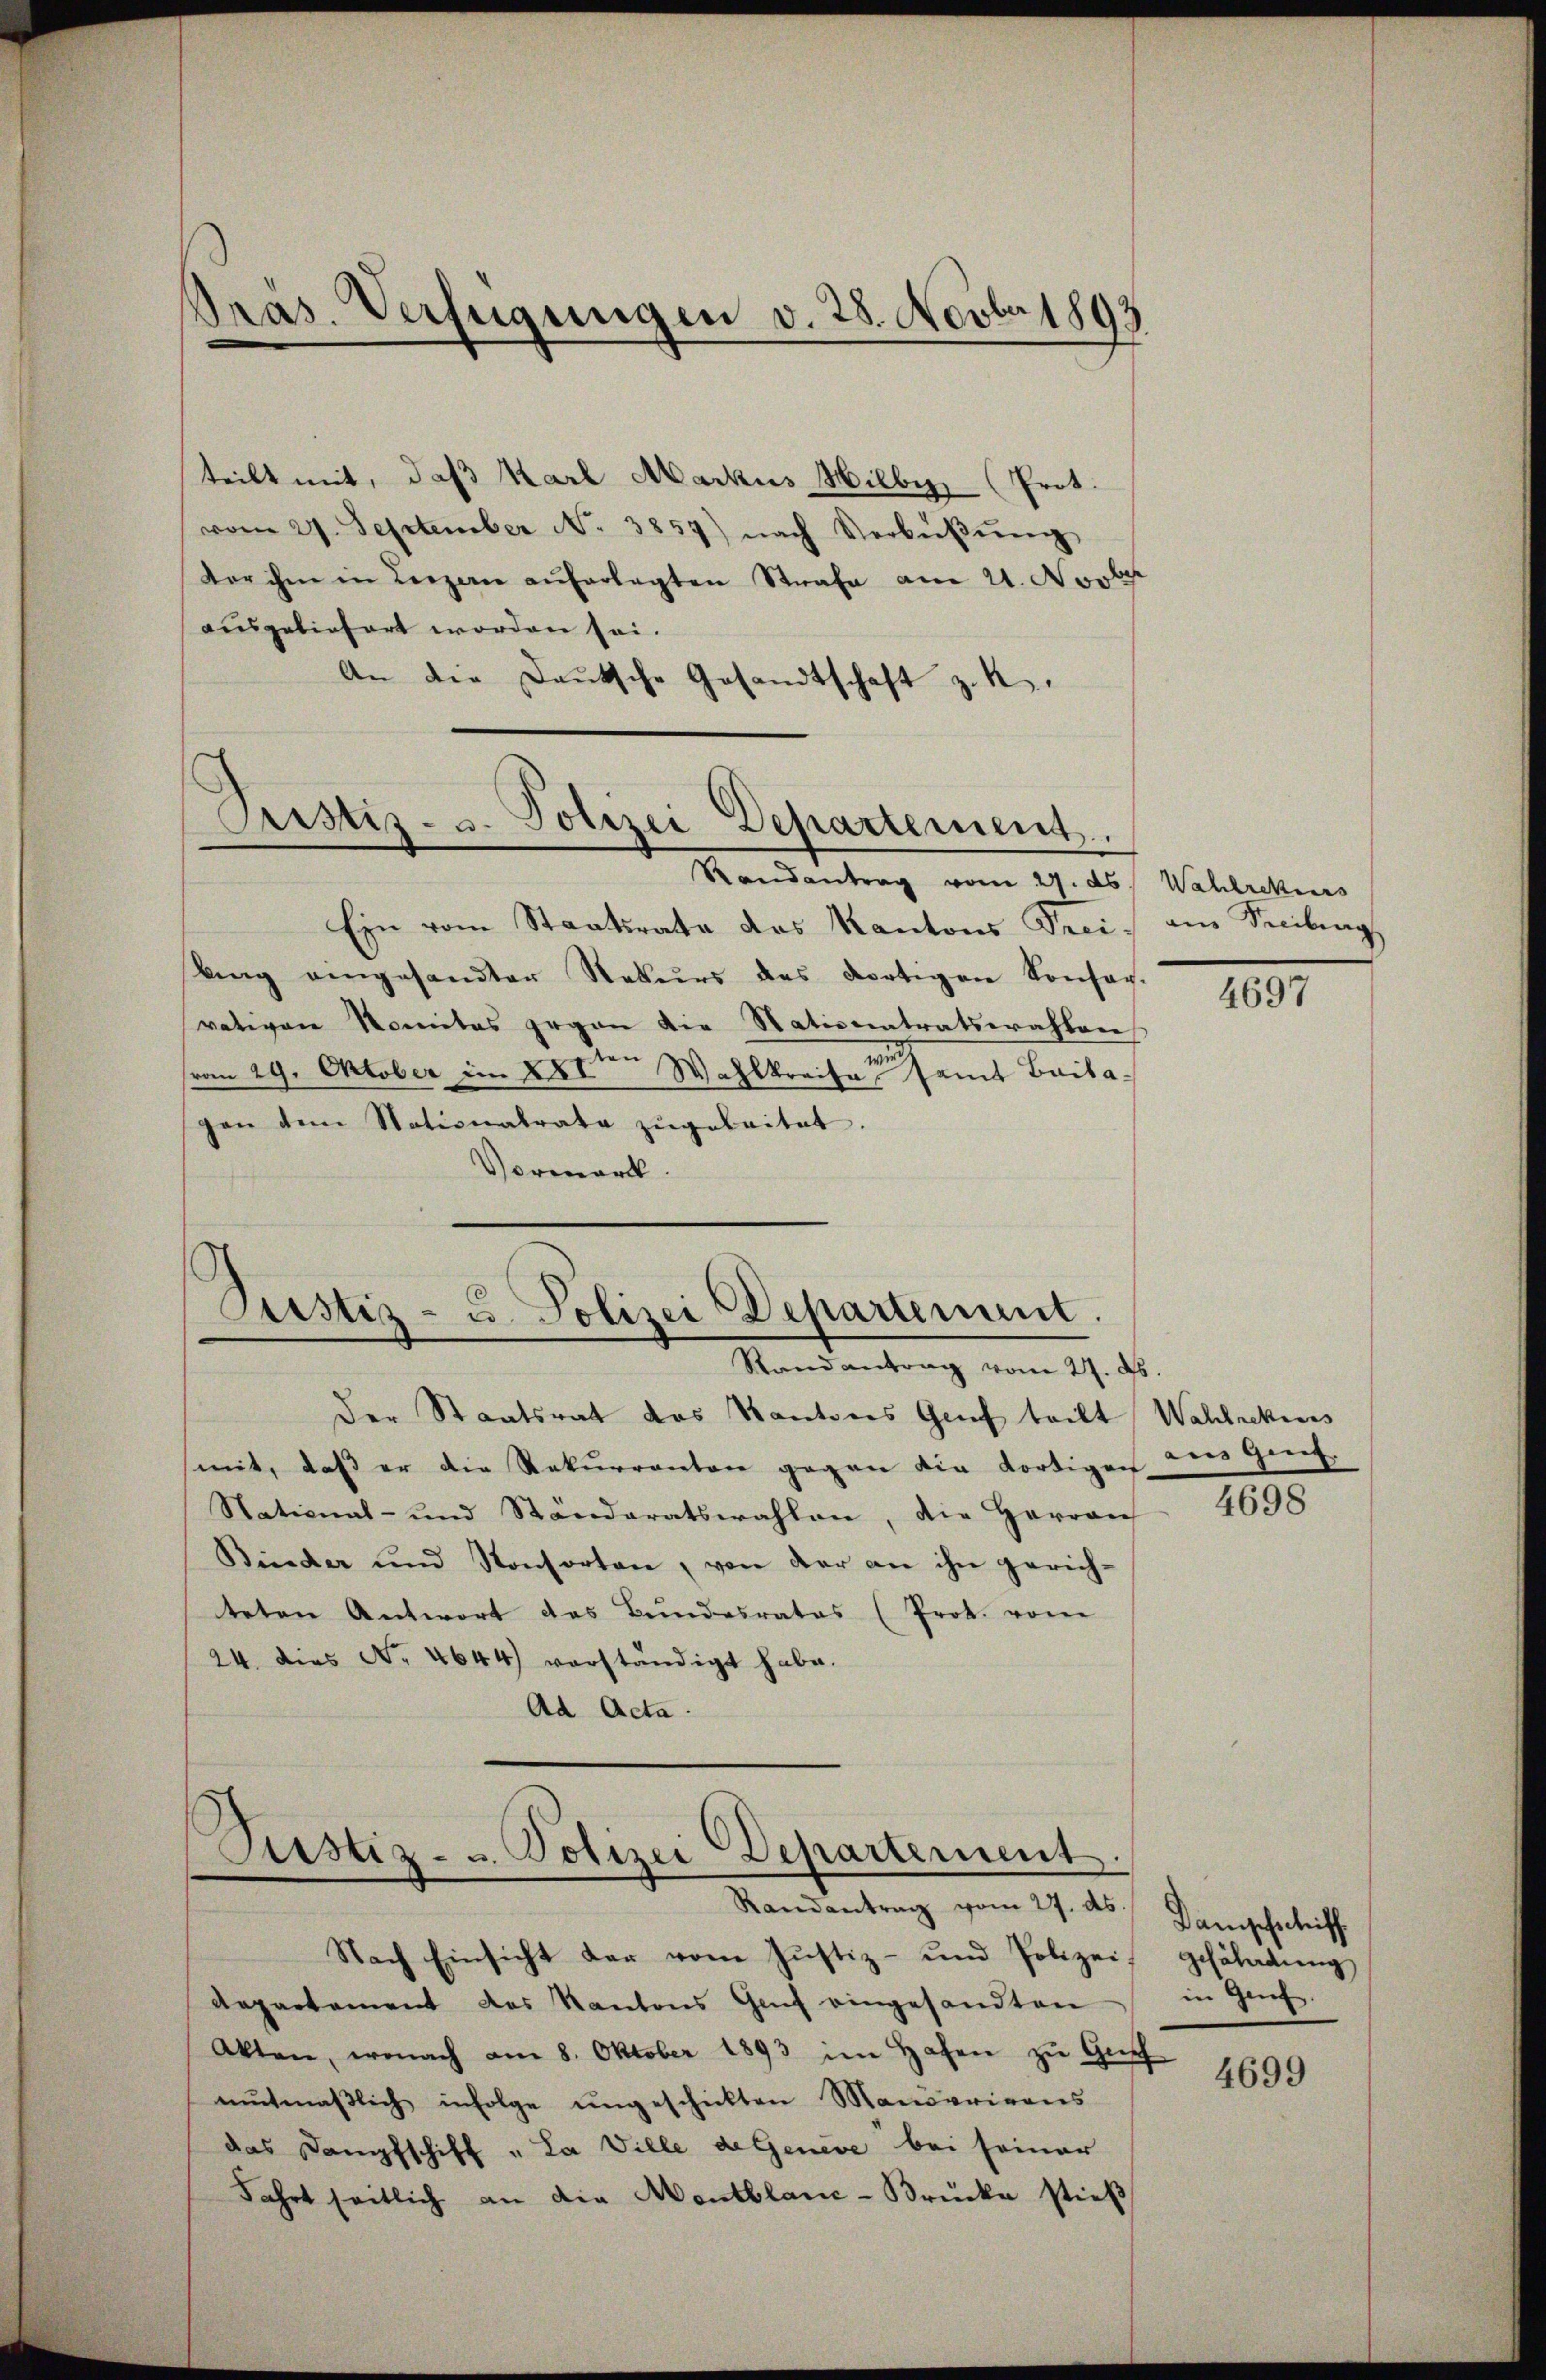
Pras. Verfügungen v. 28. Novbr 1893

teilt mit, daß Karl Markus Hilber (Prot.
vom 27. September No. 3857) nach Verbüβŭng
dor ihm in Luzern auferlegten Strafe am 21. Novber
ausgeliefert worden sei.
An die Deutsche Gesandtschaft z. K.

Prustiz- u. Polizei Departement.

Justiz- u. Polizei Departement.
Randantrag vom 27. d.

Randantrag vom 27. ds. Wahlrekers
Ein vom Staatsrata das Kantons Preis an Freiburg
bing eingesandter Nekŭrs des dortigen Konfer-
vativen Nomites gegen die Nationatratswahlen
m
(vom 29. Oktober im 28sten Wahlkreise, samt Baitagen dem Stationalrate zŭgeleitet.
Vormerk.

Der Staatsrat das Kantons Genf teilt Wahlrekies
mit, daß er die Rekurrenten gegen die dortigen des Genf
National- und Ständeratswahlen, die Herren
Binder und Konsorten, von der an ihn gerich-
teten Antwort das Bŭndesrates (Prot. vom
24. Dies No. 4644) verständigt habe.
Ad Acta.

Justiz- u. Polizei Departement.
Randantrag vom 27. ds.
Nach Einsicht der vom Justiz- und Polizei

Repartement des Kantons Genf eingesandten
Akten, wonach am 8. Oktober 1893 im Hafen zŭ Gŭn
mŭtmaβlich infolge ŭngeschickten Manderirons
das Dampfschiff „La Ville de Geneve bei seiner
Fahrt seitlich an die Montblanc-Brücke stieß

4697

4698

Dampfschiff
schäferdung
in Genf.

4699